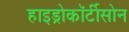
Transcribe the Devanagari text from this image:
हाइड्रोकॉर्टीसोन